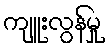
ကျူးလွန်မှု